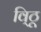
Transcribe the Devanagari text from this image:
वि्ठू